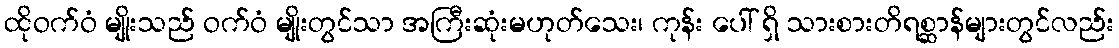
ထိုဝက်ဝံ မျိုးသည် ဝက်ဝံ မျိုးတွင်သာ အကြီးဆုံးမဟုတ်သေး၊ ကုန်း ပေါ် ရှိ သားစားတိရစ္ဆာန်များတွင်လည်း